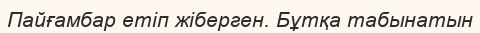
Пайғамбар етіп жіберген. Бұтқа табынатын